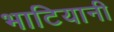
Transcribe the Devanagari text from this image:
भाटियानी